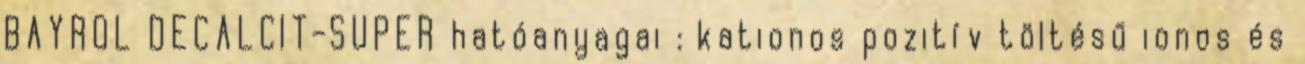
BAYROL DECALCIT-SUPER hatóanyagai : kationos pozitív töltésű ionos és